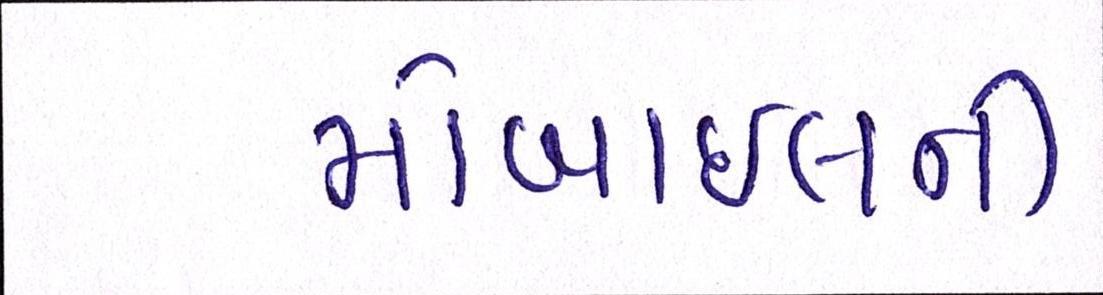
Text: મોબાઇલની